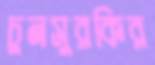
চুনসুরকির